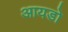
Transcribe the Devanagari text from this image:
आयडो